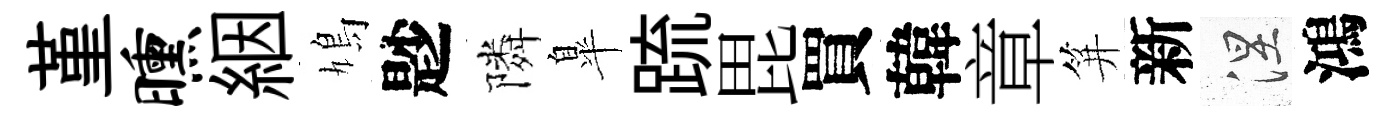
堇曛絪鳩尟隣臯䟽毘買韓章笄新涅鴻